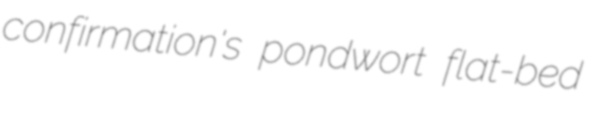
confirmation's pondwort flat-bed